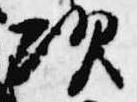
次